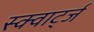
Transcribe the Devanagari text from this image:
स्क्वार्ट्ज